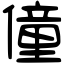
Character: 僮